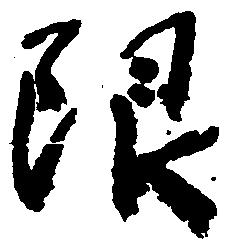
限